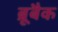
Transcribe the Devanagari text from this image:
ब्रूबैक